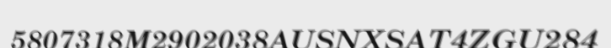
5807318M2902038AUSNXSAT4ZGU284